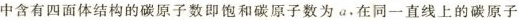
中含有四面体结构的碳原子数即饱和碳原子数为a，在同一直线上的碳原子